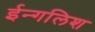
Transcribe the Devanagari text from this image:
ईन्गलिश